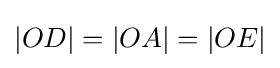
|OD|=|OA|=|OE|